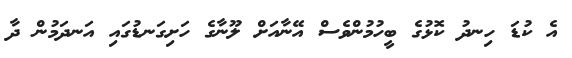
އެ ކުޑަ ހިނދު ކޮޅުގެ ބީހުމުންވެސް އޭނާއަށް ލޫނާގެ ހަށިގަނޑުގައި އަނދަމުން ދާ